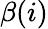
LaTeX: \beta(i)